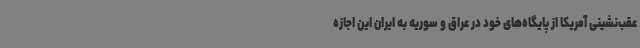
عقب‌نشینی آمریکا از پایگاه‌های خود در عراق و سوریه به ایران این اجازه